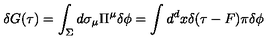
\delta G ( \tau ) = \int _ { \Sigma } d \sigma _ { \mu } \Pi ^ { \mu } \delta \phi = \int d ^ { d } x \delta ( \tau - F ) \pi \delta \phi